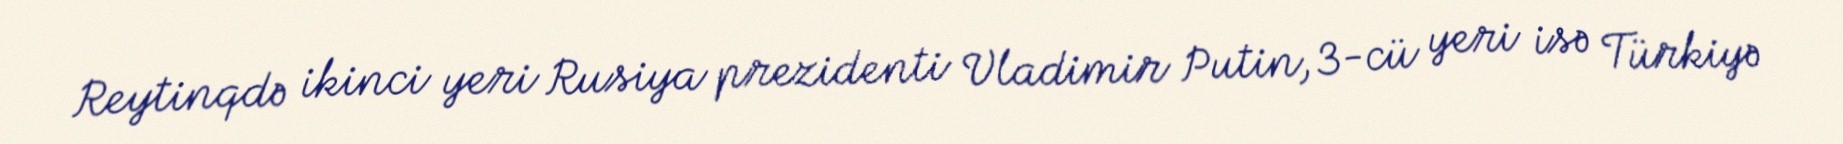
Reytinqdə ikinci yeri Rusiya prezidenti Vladimir Putin, 3-cü yeri isə Türkiyə